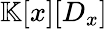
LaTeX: \mathbb{K}[x][D_{x}]